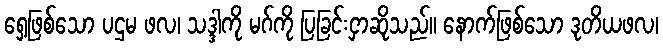
ရှေ့ဖြစ်သော ပဌမ ဖလ၊ သဒ္ဒါကို မဂ်ကို ပြခြင်းငှာဆိုသည်။ နောက်ဖြစ်သော ဒုတိယဖလ၊